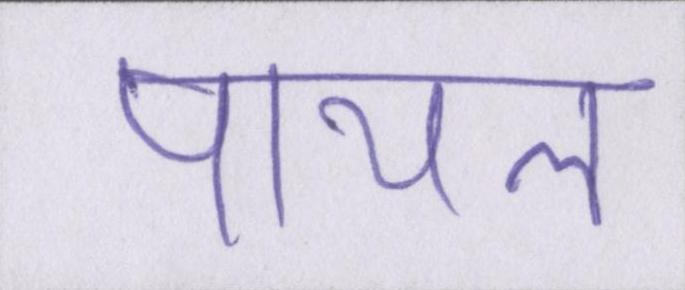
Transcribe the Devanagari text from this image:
पायल